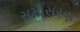
સમોસરણ